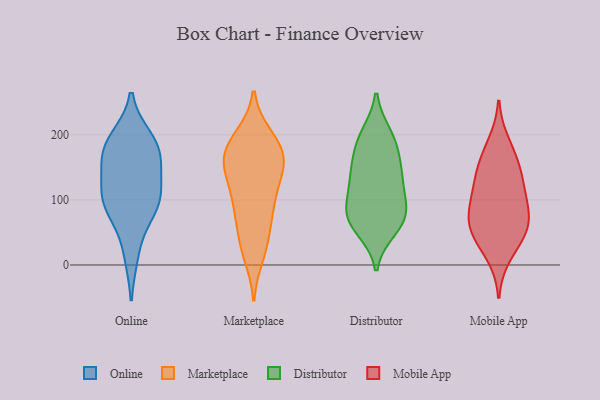
{"axis": {"x": "Net Income (USD K)", "y": "Value"}, "legend": ["Distributor", "Marketplace", "Mobile App", "Online"], "data": [{"x": "", "y": 100, "type": "Online"}, {"x": "", "y": 170, "type": "Online"}, {"x": "", "y": 88, "type": "Online"}, {"x": "", "y": 156, "type": "Online"}, {"x": "", "y": 81, "type": "Online"}, {"x": "", "y": 17, "type": "Online"}, {"x": "", "y": 187, "type": "Online"}, {"x": "", "y": 193, "type": "Online"}, {"x": "", "y": 110, "type": "Online"}, {"x": "", "y": 172, "type": "Online"}, {"x": "", "y": 116, "type": "Online"}, {"x": "", "y": 26, "type": "Marketplace"}, {"x": "", "y": 197, "type": "Marketplace"}, {"x": "", "y": 87, "type": "Marketplace"}, {"x": "", "y": 179, "type": "Marketplace"}, {"x": "", "y": 69, "type": "Marketplace"}, {"x": "", "y": 14, "type": "Marketplace"}, {"x": "", "y": 123, "type": "Marketplace"}, {"x": "", "y": 160, "type": "Marketplace"}, {"x": "", "y": 184, "type": "Marketplace"}, {"x": "", "y": 198, "type": "Marketplace"}, {"x": "", "y": 161, "type": "Marketplace"}, {"x": "", "y": 100, "type": "Marketplace"}, {"x": "", "y": 179, "type": "Marketplace"}, {"x": "", "y": 95, "type": "Marketplace"}, {"x": "", "y": 158, "type": "Marketplace"}, {"x": "", "y": 29, "type": "Marketplace"}, {"x": "", "y": 147, "type": "Marketplace"}, {"x": "", "y": 64, "type": "Marketplace"}, {"x": "", "y": 150, "type": "Marketplace"}, {"x": "", "y": 134, "type": "Marketplace"}, {"x": "", "y": 83, "type": "Distributor"}, {"x": "", "y": 74, "type": "Distributor"}, {"x": "", "y": 113, "type": "Distributor"}, {"x": "", "y": 88, "type": "Distributor"}, {"x": "", "y": 55, "type": "Distributor"}, {"x": "", "y": 140, "type": "Distributor"}, {"x": "", "y": 147, "type": "Distributor"}, {"x": "", "y": 73, "type": "Distributor"}, {"x": "", "y": 62, "type": "Distributor"}, {"x": "", "y": 125, "type": "Distributor"}, {"x": "", "y": 192, "type": "Distributor"}, {"x": "", "y": 200, "type": "Distributor"}, {"x": "", "y": 156, "type": "Distributor"}, {"x": "", "y": 189, "type": "Distributor"}, {"x": "", "y": 154, "type": "Mobile App"}, {"x": "", "y": 133, "type": "Mobile App"}, {"x": "", "y": 73, "type": "Mobile App"}, {"x": "", "y": 51, "type": "Mobile App"}, {"x": "", "y": 76, "type": "Mobile App"}, {"x": "", "y": 187, "type": "Mobile App"}, {"x": "", "y": 48, "type": "Mobile App"}, {"x": "", "y": 48, "type": "Mobile App"}, {"x": "", "y": 84, "type": "Mobile App"}, {"x": "", "y": 15, "type": "Mobile App"}, {"x": "", "y": 113, "type": "Mobile App"}, {"x": "", "y": 112, "type": "Mobile App"}, {"x": "", "y": 159, "type": "Mobile App"}]}